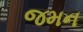
જમન